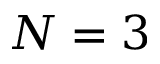
N = 3